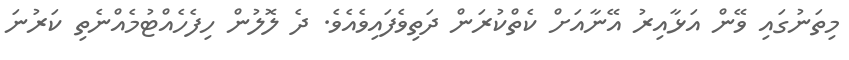
މިތަނުގައި ވޭން އަޅާއިރު އޭނާއަށް ކެތްކުރަން ދަތިވެފައިވެއެވެ. ދެ ލޮލުން ހިފެހެއްޓުމެއްނެތި ކަރުނަ